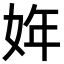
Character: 姩